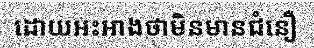
ដោយអះអាងថាមិនមានជំនឿ